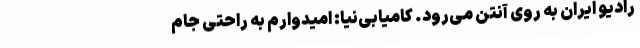
رادیو ایران به روی آنتن می‌رود. کامیابی‌نیا: امیدوارم به راحتی جام